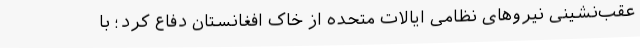
عقب‌نشینی نیروهای نظامی ایالات متحده از خاک افغانستان دفاع کرد؛ با